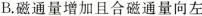
B.磁通量增加且合磁通量向左